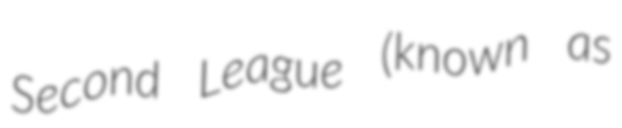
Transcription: Second League (known as